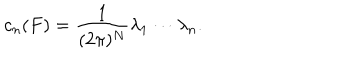
c _ { n } ( F ) = \frac { 1 } { ( 2 \pi ) ^ { N } } \lambda _ { 1 } \cdots \lambda _ { n } .